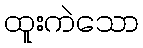
ထူးကဲသော